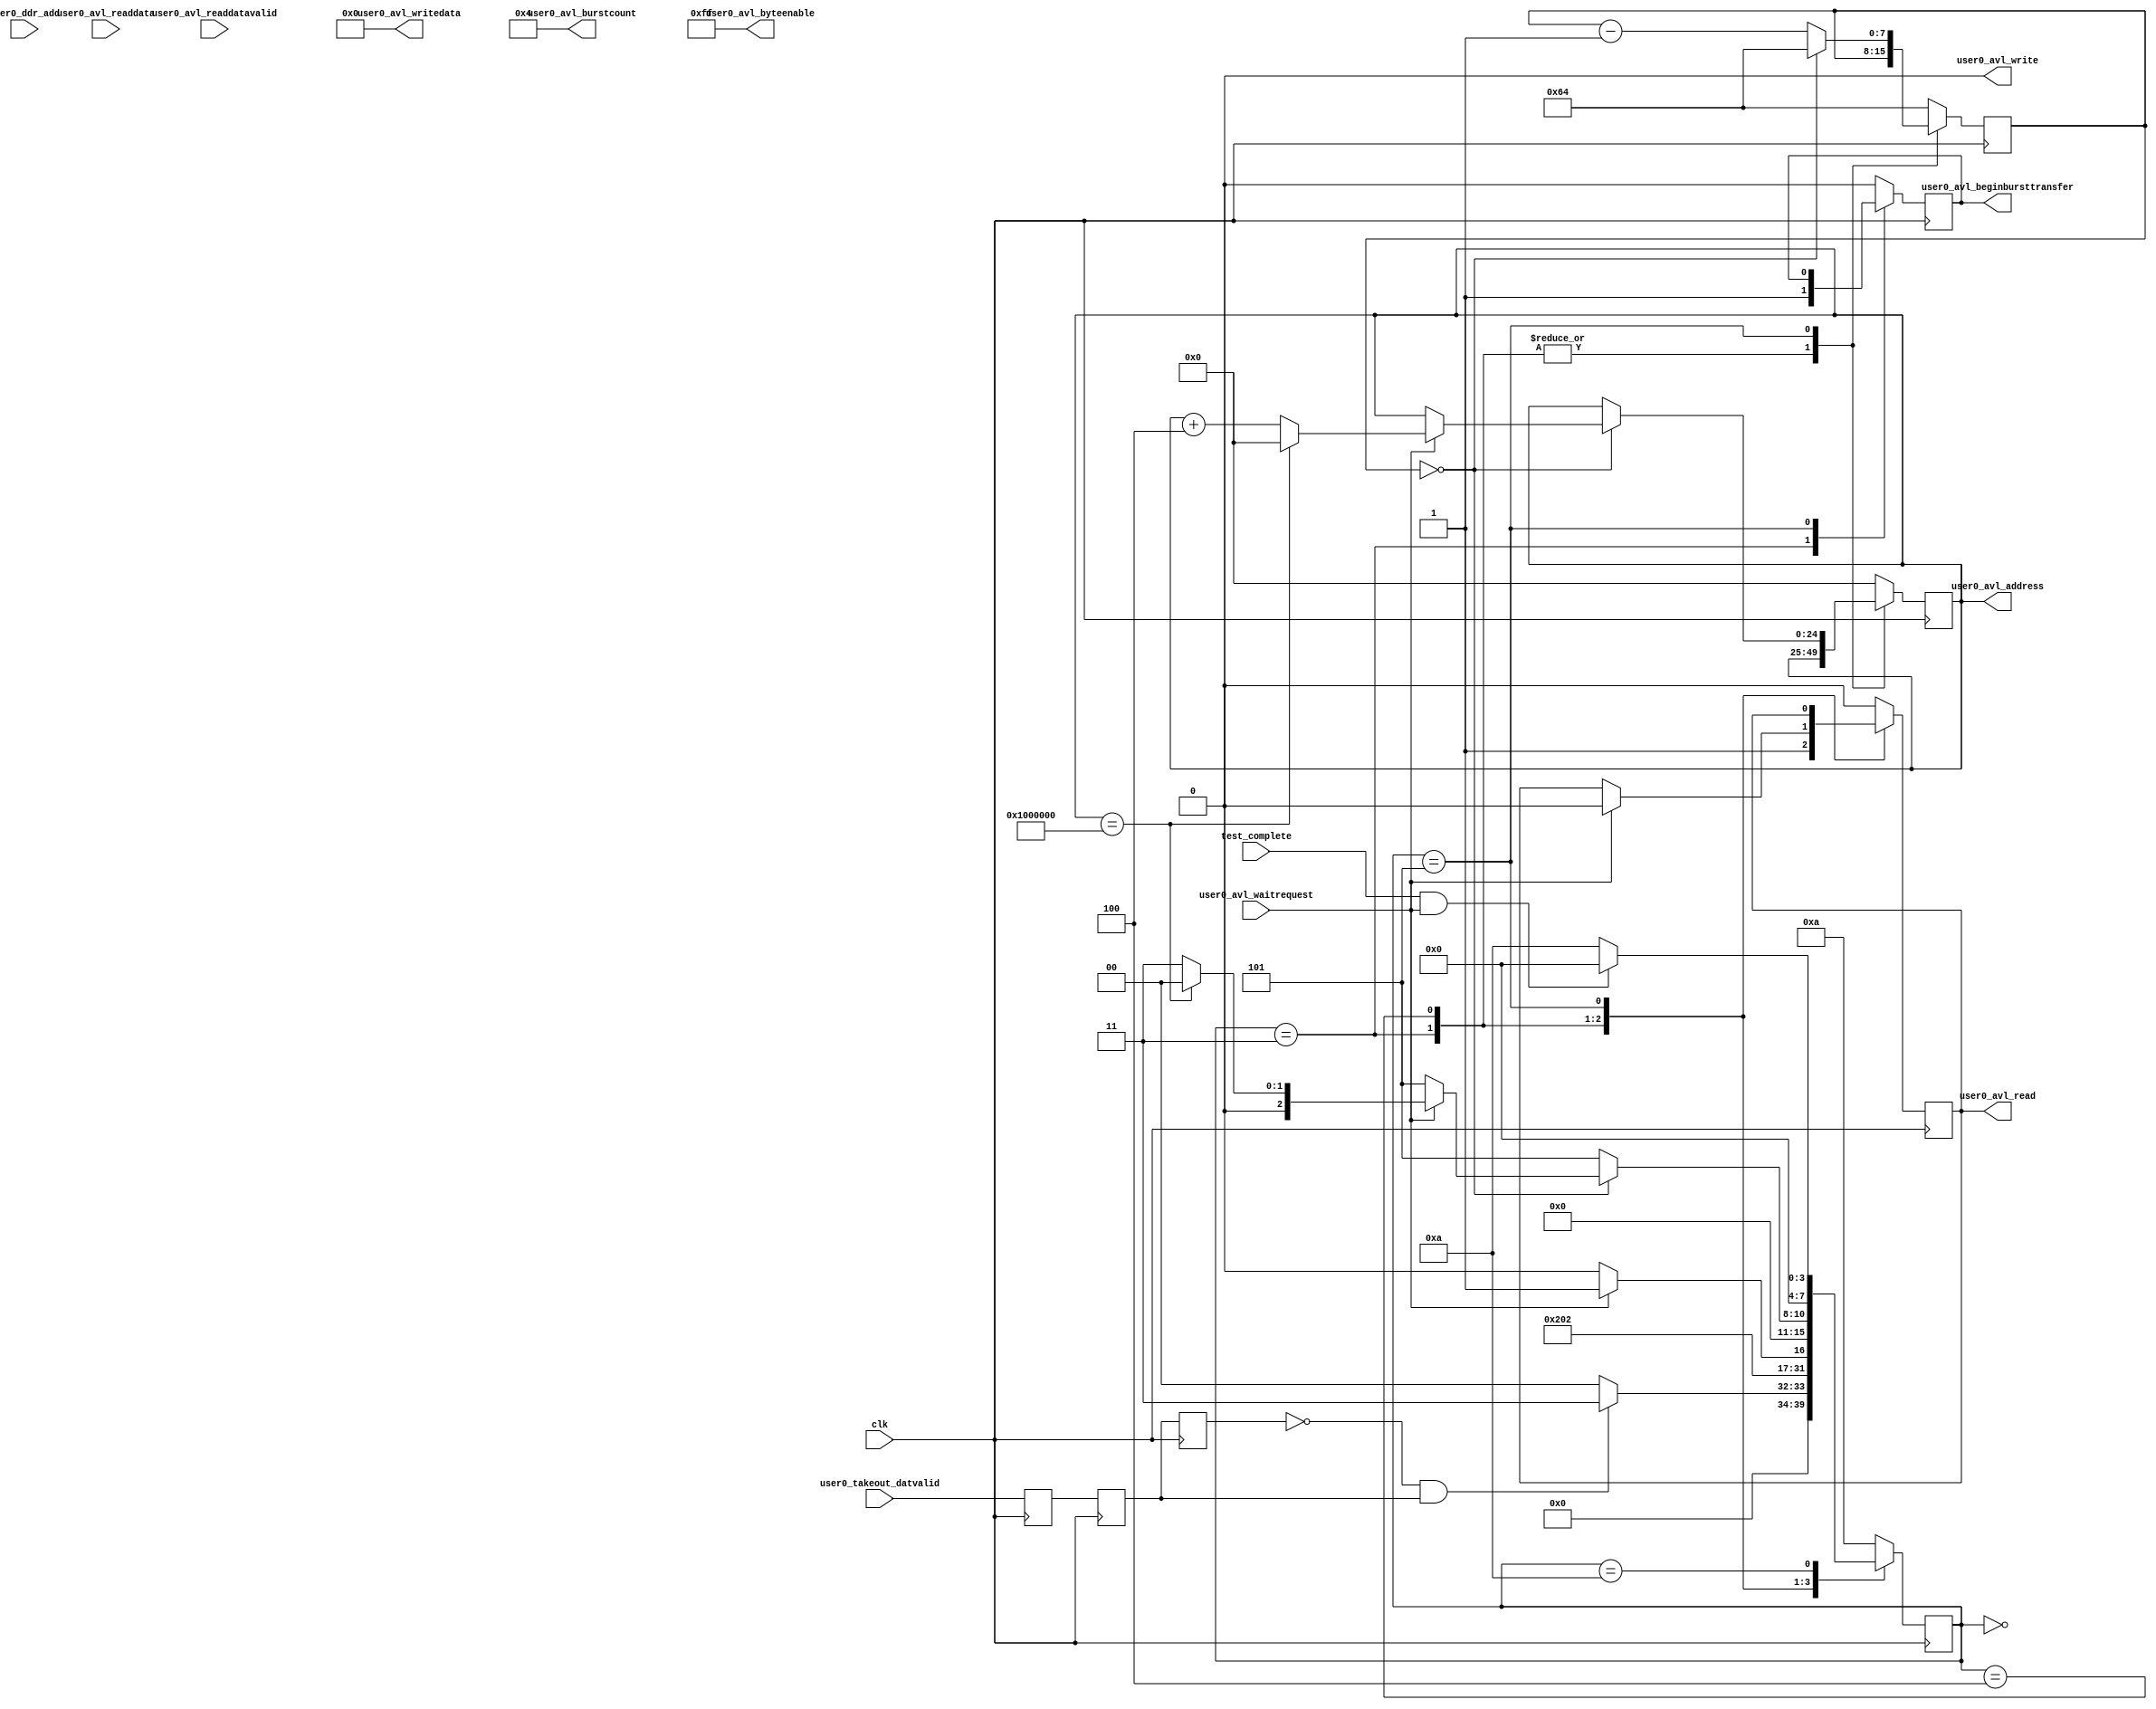
`timescale 1 ns / 1 ns
module ddr_control_read_allmem(
		input clk,
		input test_complete,
		

		output reg  [24:0] user0_avl_address,             //user0_avl.address
		output wire        user0_avl_write,               //.write
		output reg         user0_avl_read,                //.read
		input  wire[63:0]  user0_avl_readdata,             //.readdata
		output wire [63:0] user0_avl_writedata,           //.writedata
		output reg         user0_avl_beginbursttransfer,  //.beginbursttransfer
		output wire[3:0]   user0_avl_burstcount,           //.burstcount
		output wire[7:0]   user0_avl_byteenable,           //.byteenable
		input  wire        user0_avl_readdatavalid,       //.readdatavalid
		input  wire        user0_avl_waitrequest,          //.waitrequest_n
		
		input 	  [24:0]	 user0_ddr_add,
		input 				 user0_takeout_datvalid
	);
 parameter read_ddr_stradd	    = 25'h000_0000;//block4
 parameter read_ddr_endadd	    = 25'h100_0000;//block4	
 
 assign user0_avl_write = 0;
 assign user0_avl_writedata = 0;
 
wire 	pos_user0_takeout_datvalid,neg_user0_takeout_datvalid;
reg user0_takeout_datvalid_r0,user0_takeout_datvalid_r1,user0_takeout_datvalid_r2;
always@(posedge clk)
	begin
		user0_takeout_datvalid_r0<=user0_takeout_datvalid;
		user0_takeout_datvalid_r1<=user0_takeout_datvalid_r0;
		user0_takeout_datvalid_r2<=user0_takeout_datvalid_r1;
	end

assign pos_user0_takeout_datvalid=(~user0_takeout_datvalid_r2)&user0_takeout_datvalid_r1;
assign neg_user0_takeout_datvalid=user0_takeout_datvalid_r2&(~user0_takeout_datvalid_r1);   
	
assign user0_avl_burstcount=4;         		//.burstcount
assign user0_avl_byteenable=8'b1111_1111;    //.byteenable
		
(* syn_preserve = 1 *)reg [7:0] rallmem_state=10;
reg [7:0] atom_interval=100;
always@(posedge clk)
	begin
		case(rallmem_state)
				0:begin
					user0_avl_address<=read_ddr_stradd;
					atom_interval<=100;
					user0_avl_read<=0;
					user0_avl_beginbursttransfer<=0;
					if(pos_user0_takeout_datvalid)rallmem_state<=3;
					else rallmem_state<=0;
					  end
				3:begin	
						user0_avl_beginbursttransfer<=1;
						user0_avl_read<=1;
						rallmem_state<=4;
				     end
				4:begin
						user0_avl_beginbursttransfer<=0;
						if(user0_avl_waitrequest)begin
							user0_avl_read<=0;
							rallmem_state<=5;end
						else begin
							user0_avl_read<=user0_avl_read;
							rallmem_state<=4;end
					end
				5:begin
						if(atom_interval==0)
							begin
								atom_interval<=100;
								if(user0_avl_waitrequest)
									begin
										if(user0_avl_address==read_ddr_endadd)
											begin
												user0_avl_address<=read_ddr_stradd;
												rallmem_state<=0;
											end
										else
											begin
												user0_avl_address<=user0_avl_address+4;
												rallmem_state<=3;
//												rallmem_state<=0;
											end
									end
								else rallmem_state<=5;
							end
						else
							begin
								atom_interval<=atom_interval-1;
								rallmem_state<=5;
							end
					end
				10:begin
						if((test_complete)&&(user0_avl_waitrequest))rallmem_state<=0;
						else rallmem_state<=10;
						atom_interval<=100;
						user0_avl_address<=read_ddr_stradd;
						user0_avl_read<=0;
						user0_avl_beginbursttransfer<=0;
					end
				default:begin
						rallmem_state<=10;
						atom_interval<=100;
						user0_avl_address<=read_ddr_stradd;
						user0_avl_read<=0;
						user0_avl_beginbursttransfer<=0;
					  end
		endcase
	end
	
endmodule